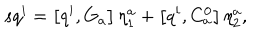
s q ^ { i } = \left[ q ^ { i } , G _ { a } \right] \eta _ { 1 } ^ { a } + \left[ q ^ { i } , C _ { a } ^ { 0 } \right] \eta _ { 2 } ^ { a } ,